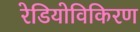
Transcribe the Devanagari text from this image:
रेडियोविकिरण